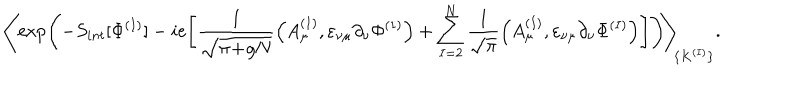
\Bigg \langle \! \exp \left( - S _ { i n t } [ \Phi ^ { ( I ) } ] - i e \Bigg [ \frac { 1 } { \sqrt { \pi \! + \! g N } } \Big ( A _ { \mu } ^ { ( 1 ) } , \varepsilon _ { \nu \mu } \partial _ { \nu } \Phi ^ { ( 1 ) } \Big ) + \sum _ { I = 2 } ^ { N } \frac { 1 } { \sqrt { \pi } } \Big ( A _ { \mu } ^ { ( I ) } , \varepsilon _ { \nu \mu } \partial _ { \nu } \Phi ^ { ( I ) } \Big ) \Bigg ] \right) \! \Bigg \rangle _ { \! \{ K ^ { ( I ) } \} } .